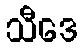
သီဒေ